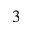
^ { 3 }